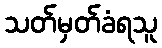
သတ်မှတ်ခံရသူ